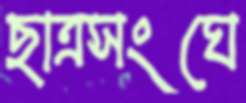
ছাত্রসংঘে